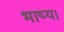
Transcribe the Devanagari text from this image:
भाष्य।